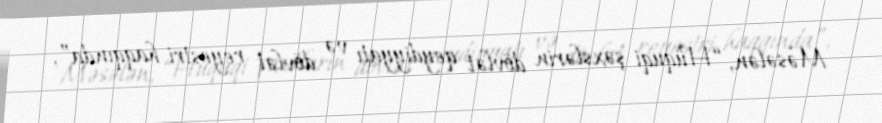
Məsələn, “Hüquqi şəxslərin dövlət qeydiyyatı və dövlət reyestri haqqında”,